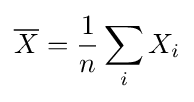
{\overline {X}}={\frac {1}{n}}\sum _{i}X_{i}